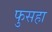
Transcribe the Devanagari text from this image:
फुसहा